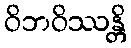
ဝိဘဝိဿန္တိ